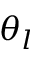
\theta _ { l }